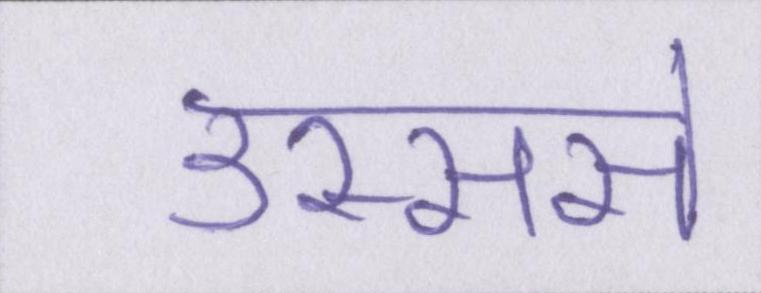
उस्ससे